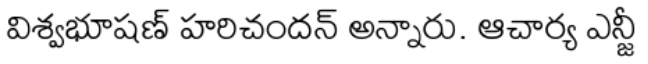
విశ్వభూషణ్ హరిచందన్ అన్నారు. ఆచార్య ఎన్జీ